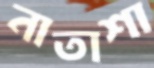
নাতাশা